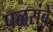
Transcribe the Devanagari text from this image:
पळसंबे